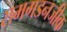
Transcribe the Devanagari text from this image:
रामगडनजीक